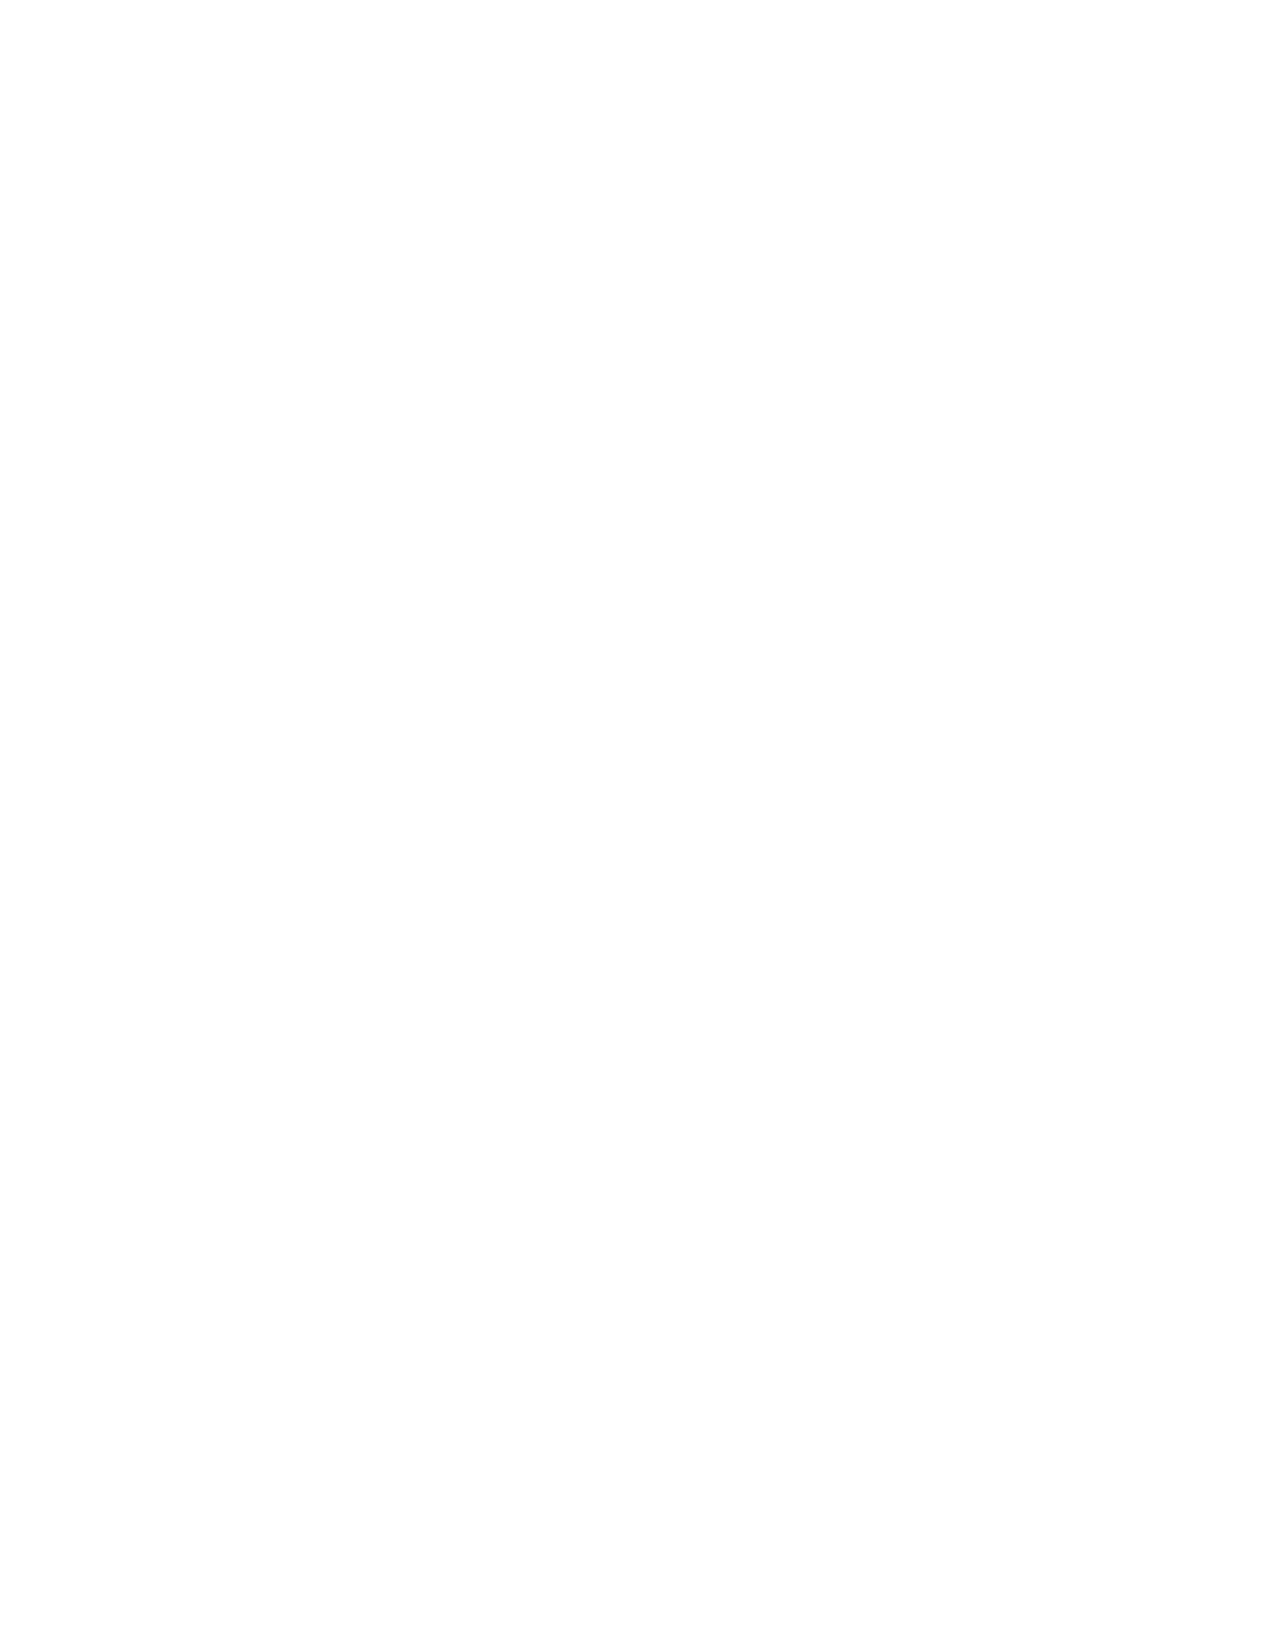
VerDate Apr 14 2004 11:04 Apr 14, 2004 Jkt 077500 PO 00000 Frm 00002 Fmt 8221 Sfmt 8221 C:\CONAN\CON007.XXX PRFM99 PsN: CON007